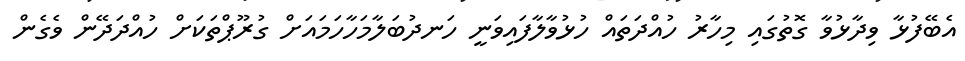
އެބޭފުޅާ ވިދާޅުވާ ގޮތުގައި މިހާރު ހުއްދަތައް ހުޅުވާލާފައިވަނީ ހަނދުބަލާމަހާހަމައަށް ގުރޫޕްތަކަށް ހުއްދަދޭން ވެގެން